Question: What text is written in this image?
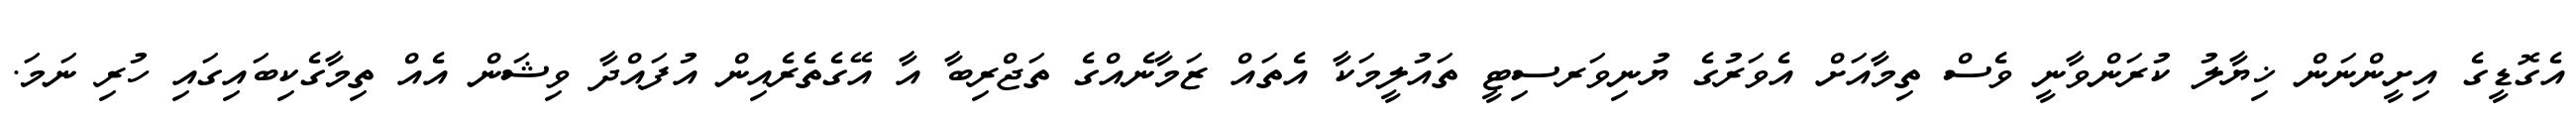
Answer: އެގޮޑީގެ އިށީންނަން ޚިޔާލު ކުރަންވާނީ ވެސް ތިމާއަށް އެވަރުގެ ޔުނިވަރސިޓީ ތައުލީމަކާ އެތައް ޒަމާނެއްގެ ތަޖްރިބާ އާ އޭގެތެރެއިން އުފައްދާ ވިޝަން އެއް ތިމާގެކިބައިގައި ހުރި ނަމަ.